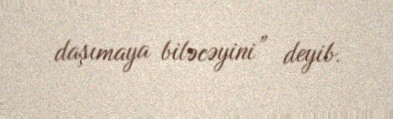
daşımaya biləcəyini” deyib.